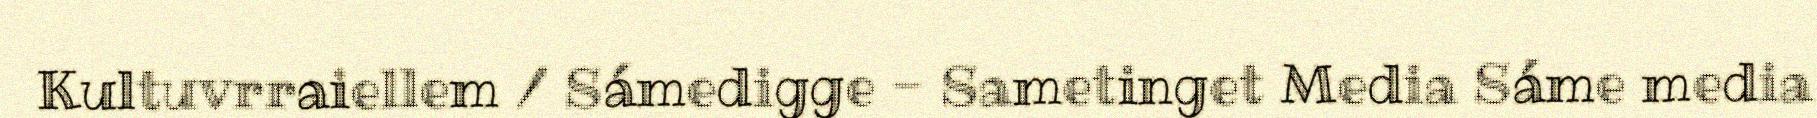
Kultuvrraiellem / Sámedigge - Sametinget Media Sáme media